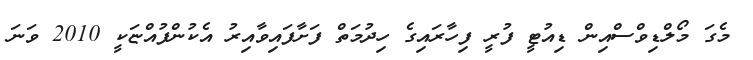
މެގަ މޯލްޑިވްސްއިން ޑިއުޓީ ފުރީ ފިހާރައިގެ ހިދުމަތް ފަށާފައިވާއިރު އެކުންފުއްޏަކީ 2010 ވަނަ